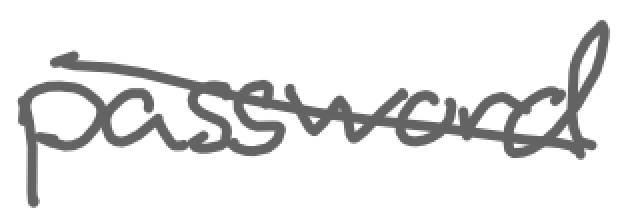
Text: password
Cross-out: diagonal
Writing tool: digital_gray